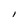
Character: I